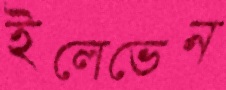
ইলেভেন